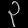
Digit: ၃